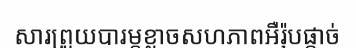
សារព្រួយបារម្ភខ្លាចសហភាពអឺរ៉ុបផ្តាច់